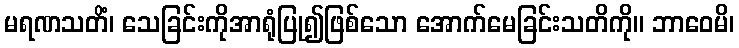
မရဏသတိံ၊ သေခြင်းကိုအာရုံပြု၍ဖြစ်သော အောက်မေခြင်းသတိကို။ ဘာဝေမိ၊